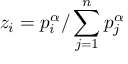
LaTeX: z _ { i } = p _ { i } ^ { \alpha } / \sum _ { j = 1 } ^ { n } p _ { j } ^ { \alpha }